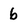
Character: 6